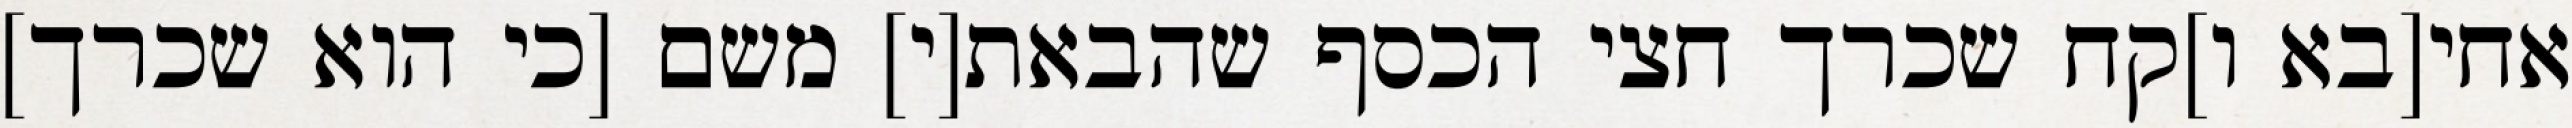
אחי[בא ו]קח שכרך חצי הכסף שהבאת[י] משם [כי הוא שכרך]